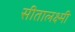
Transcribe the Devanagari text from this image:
सीतालक्ष्मी